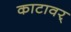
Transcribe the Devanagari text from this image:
काटावर्